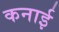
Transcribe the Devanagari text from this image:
कनाई